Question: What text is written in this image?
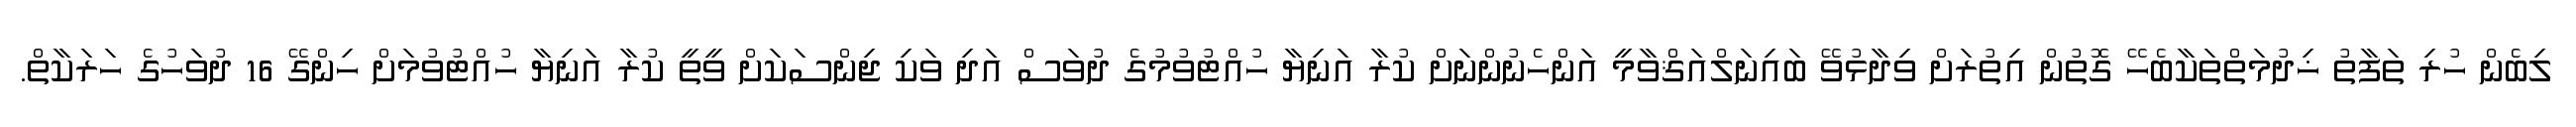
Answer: ލިބެން ހުރި ތަފާތު ޚިދުމަތްތަކާބެހޭ ގޮތުން އިތުރަށް ވިދާޅުވޭ ބައިނަލްއަޤްވާމީ އަންހެނުންނަށް ކުރާ އަނިޔާ ހުއްޓުވުމުގެ ދުވަސް އަދި ވަކި ޖިންސަކަށް ވީތީ ކުރާ އަނިޔާ ހުއްޓުވުމަށް ހިންގޭ 16 ދުވަހުގެ ހަރަކާތް.